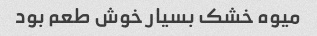
میوه خشک بسیار خوش طعم بود